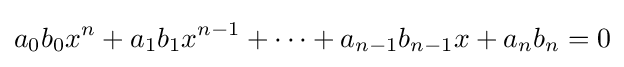
a_{0}b_{0}x^{n}+a_{1}b_{1}x^{n-1}+\cdots +a_{n-1}b_{n-1}x+a_{n}b_{n}=0